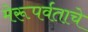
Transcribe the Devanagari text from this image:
मेरूपर्वताचे